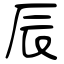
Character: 辰